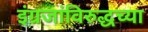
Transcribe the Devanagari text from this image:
इंग्रजांविरुद्धच्या